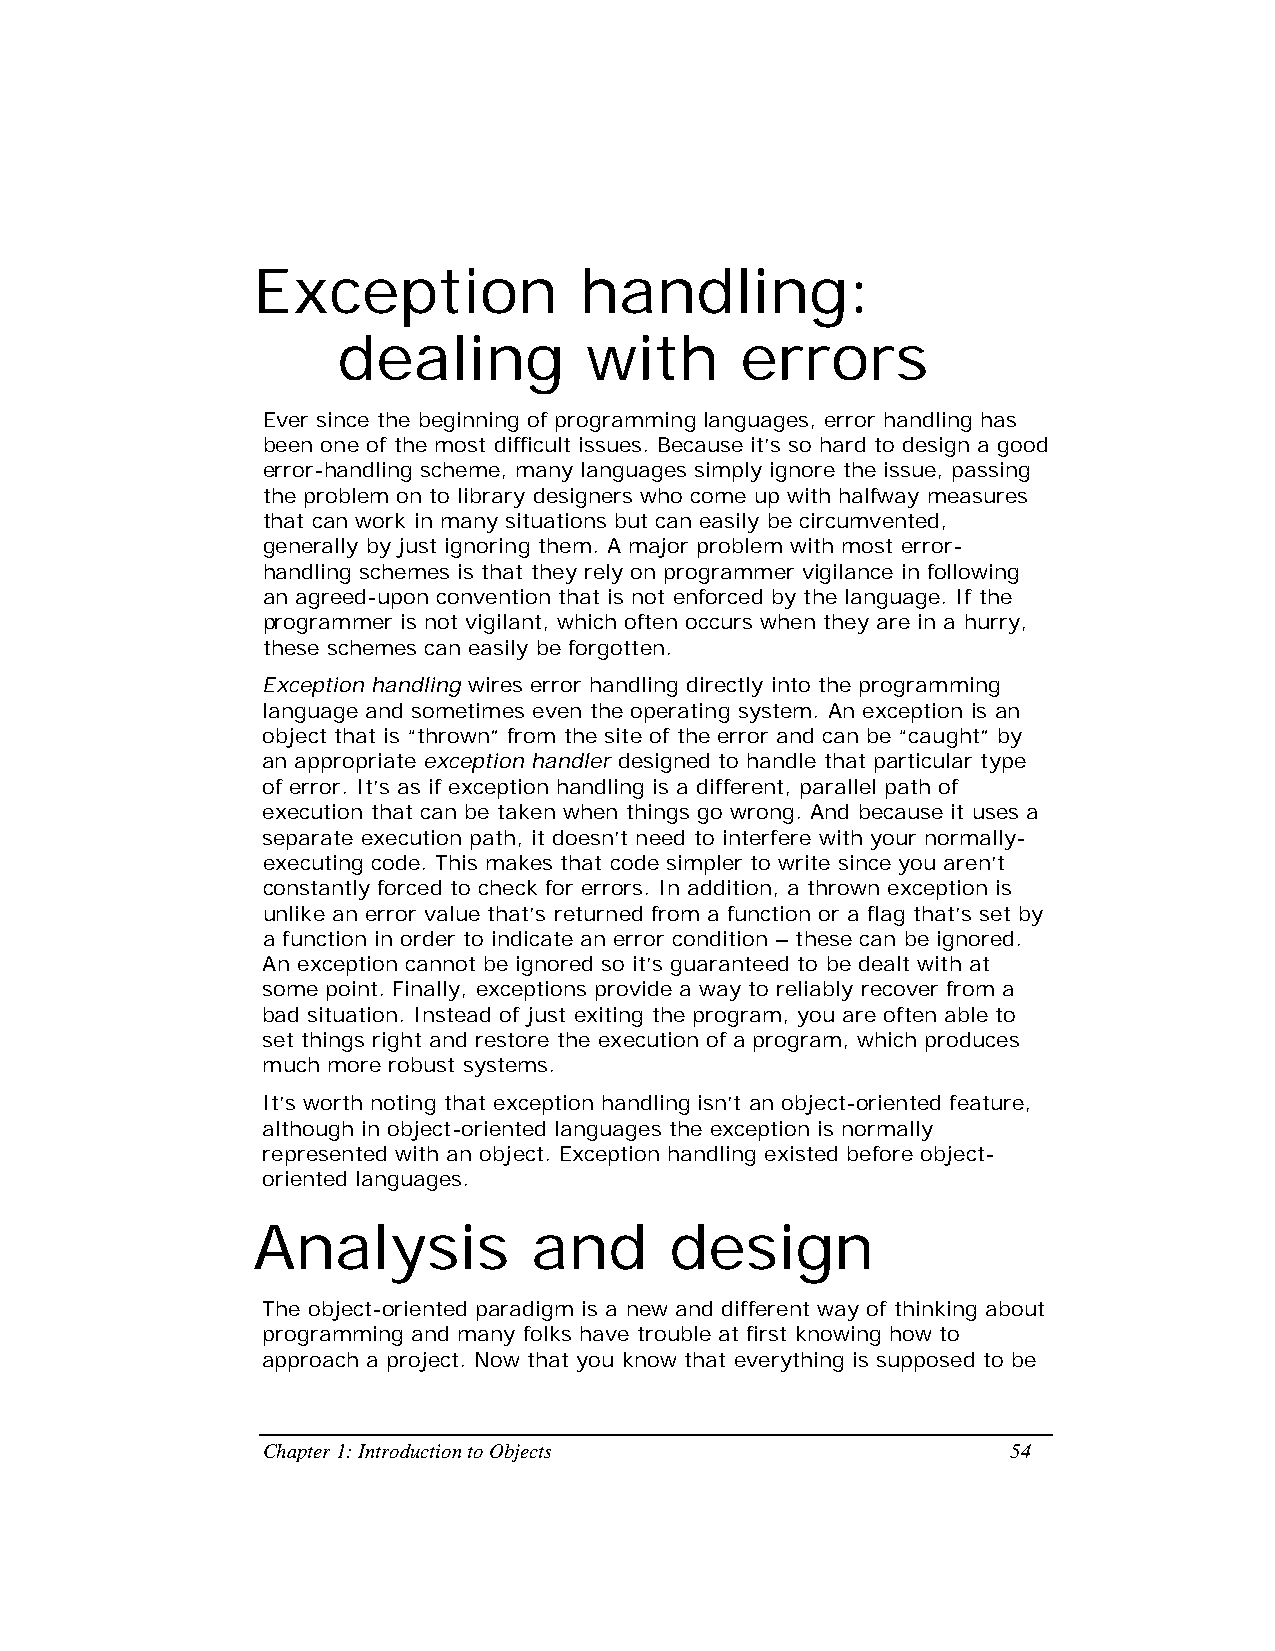
Exception            handling:
 dealing          with      errors
 Ever since the beginning of programming languages, error handling has
 been one of the most difficult issues. Because it’s so hard to design a good
 error-handling scheme, many languages simply ignore the issue, passing
 the problem on to library designers who come up with halfway measures
 that can work in many situations but can easily be circumvented,
 generally by just ignoring them. A major problem with most error-
 handling schemes is that they rely on programmer vigilance in following
 an agreed-upon convention that is not enforced by the language. If the
 programmer is not vigilant, which often occurs when they are in a hurry,
 these schemes can easily be forgotten.
 Exception handling wires error handling directly into the programming
 language and sometimes even the operating system. An exception is an
 object that is “thrown” from the site of the error and can be “caught” by
 an appropriate exception handler designed to handle that particular type
 of error. It’s as if exception handling is a different, parallel path of
 execution that can be taken when things go wrong. And because it uses a
 separate execution path, it doesn’t need to interfere with your normally-
 executing code. This makes that code simpler to write since you aren’t
 constantly forced to check for errors. In addition, a thrown exception is
 unlike an error value that’s returned from a function or a flag that’s set by
 a function in order to indicate an error condition – these can be ignored.
 An exception cannot be ignored so it’s guaranteed to be dealt with at
 some point. Finally, exceptions provide a way to reliably recover from a
 bad situation. Instead of just exiting the program, you are often able to
 set things right and restore the execution of a program, which produces
 much more robust systems.
 It’s worth noting that exception handling isn’t an object-oriented feature,
 although in object-oriented languages the exception is normally
 represented with an object. Exception handling existed before object-
 oriented languages.
 Analysis          and      design
 The object-oriented paradigm is a new and different way of thinking about
 programming and many folks have trouble at first knowing how to
 approach a project. Now that you know that everything is supposed to be
 Chapter 1: Introduction to Objects                54